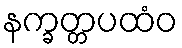
နက္ခတ္တပထံဝ